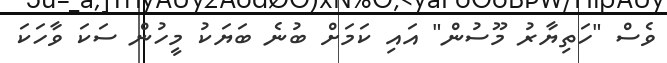
ވެސް "ހަތިޔާރު މޫސުން" އައި ކަމަށް ބުނެ ބަޔަކު މީހުން ސަކަ ވާހަކަ